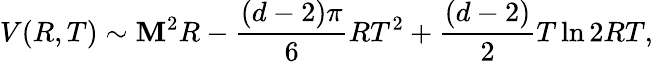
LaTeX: V(R,T)\sim\mathbf{M}^{2}R-\frac{{(d-2)\pi}}{{6}}RT^{2}+\frac{{(d-2)}}{{2}}T\ln2RT,